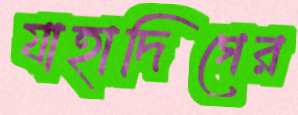
যাহাদিগের